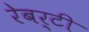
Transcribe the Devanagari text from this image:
रेबर्टी